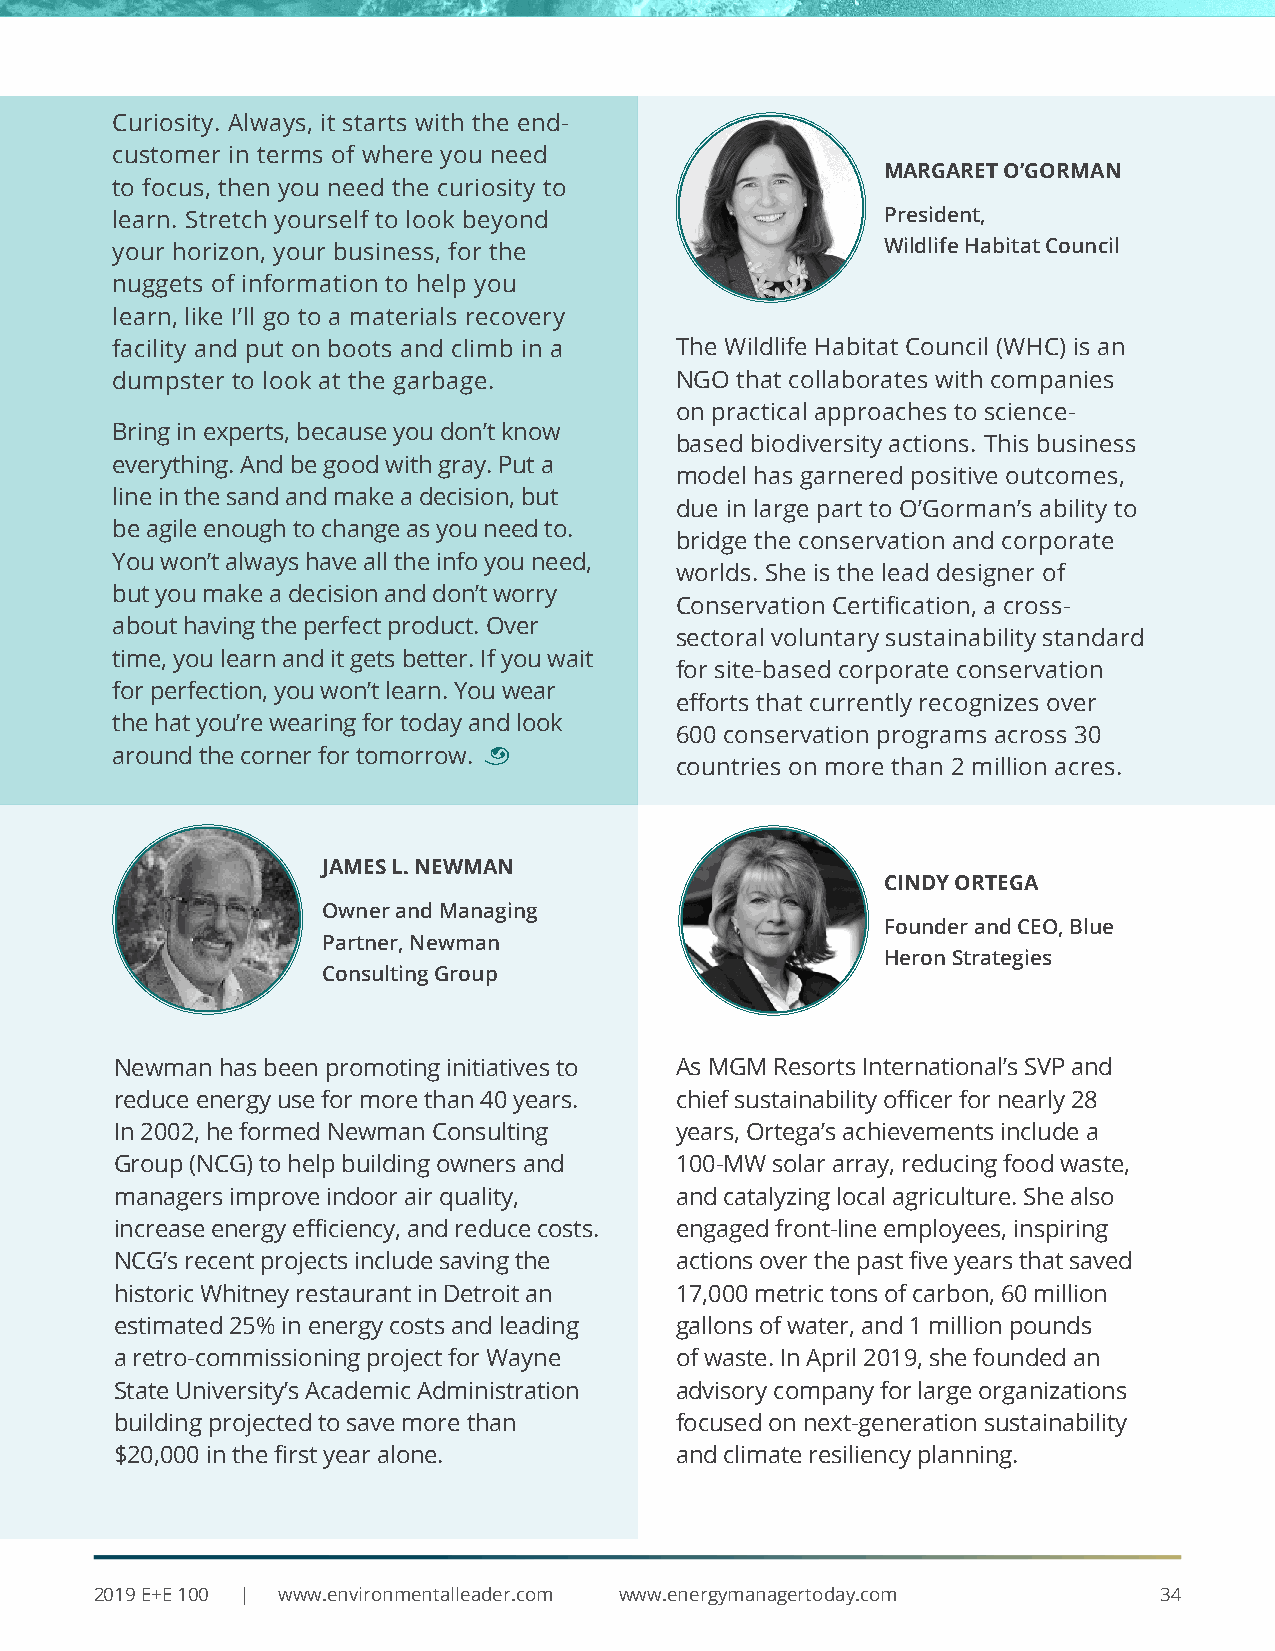
Curiosity. Always, it starts with the end-
 customer in terms of where you need
 MARGARET O’GORMAN
 to focus, then you need the curiosity to
 learn. Stretch yourself to look beyond              President,
 your horizon, your business, for the                Wildlife Habitat Council
 nuggets of information to help you
 learn, like I’ll go to a materials recovery
 facility and put on boots and climb in a The Wildlife Habitat Council (WHC) is an
 dumpster to look at the garbage.      NGO that collaborates with companies
 on practical approaches to science-
 Bring in experts, because you don’t know
 based biodiversity actions. This business
 everything. And be good with gray. Put a
 model has garnered positive outcomes,
 line in the sand and make a decision, but
 due in large part to O’Gorman’s ability to
 be agile enough to change as you need to.
 bridge the conservation and corporate
 You won’t always have all the info you need,
 worlds. She is the lead designer of
 but you make a decision and don’t worry
 Conservation Certification, a cross-
 about having the perfect product. Over
 sectoral voluntary sustainability standard
 time, you learn and it gets better. If you wait
 for site-based corporate conservation
 for perfection, you won’t learn. You wear
 efforts that currently recognizes over
 the hat you’re wearing for today and look
 600 conservation programs across 30
 around the corner for tomorrow. ¨
 countries on more than 2 million acres.
 JAMES L. NEWMAN
 CINDY ORTEGA
 Owner and Managing
 Founder and CEO, Blue
 Partner, Newman
 Heron Strategies
 Consulting Group
 Newman has been promoting initiatives to As MGM Resorts International’s SVP and
 reduce energy use for more than 40 years. chief sustainability officer for nearly 28
 In 2002, he formed Newman Consulting years, Ortega’s achievements include a
 Group (NCG) to help building owners and 100-MW solar array, reducing food waste,
 managers improve indoor air quality, and catalyzing local agriculture. She also
 increase energy efficiency, and reduce costs. engaged front-line employees, inspiring
 NCG’s recent projects include saving the actions over the past five years that saved
 historic Whitney restaurant in Detroit an 17,000 metric tons of carbon, 60 million
 estimated 25% in energy costs and leading gallons of water, and 1 million pounds
 a retro-commissioning project for Wayne of waste. In April 2019, she founded an
 State University’s Academic Administration advisory company for large organizations
 building projected to save more than focused on next-generation sustainability
 $20,000 in the first year alone.     and climate resiliency planning.
 2019 E+E 100 | www.environmentalleader.com www.energymanagertoday.com  34